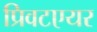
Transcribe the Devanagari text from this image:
प्रिवटएयर